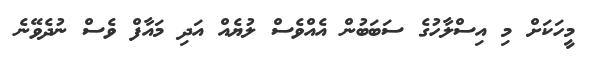
މީހަކަށް މި އިސްލާހުގެ ސަބަބުން އެއްވެސް ލުޔެއް އަދި މައާފް ވެސް ނުދެވޭނެ